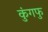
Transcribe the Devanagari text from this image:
कुंगफु